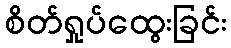
စိတ်ရှုပ်ထွေးခြင်း